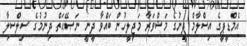
އެމްޑީޕީގެ އިސްލާމް ދީނުގެ މަޝްވަރާ މަޖިލީހުން ބައްވާ ދީނީ ނަޞޭޙަތް ދިނުމުގެ ސިލްސިލާ